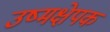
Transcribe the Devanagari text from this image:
उष्मक्षेपक